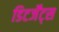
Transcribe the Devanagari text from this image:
डिटर्जेंट्स